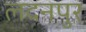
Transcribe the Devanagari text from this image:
लदनपुर